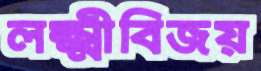
লক্ষ্মীবিজয়